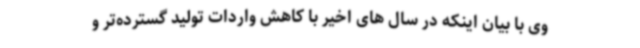
وی با بیان اینکه در سال های اخیر با کاهش واردات تولید گسترده‌تر و